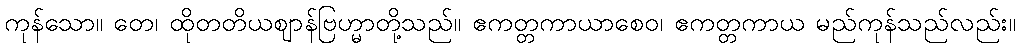
ကုန်သော။ တေ၊ ထိုတတိယဈာန်ဗြဟ္မာတို့သည်။ ဧကတ္တကာယာစေဝ၊ ဧကတ္တကာယ မည်ကုန်သည်လည်း။